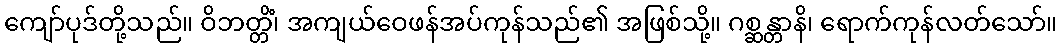
ကျော်ပုဒ်တို့သည်။ ဝိဘတ္တိံ၊ အကျယ်ဝေဖန်အပ်ကုန်သည်၏ အဖြစ်သို့။ ဂစ္ဆန္တာနိ၊ ရောက်ကုန်လတ်သော်။